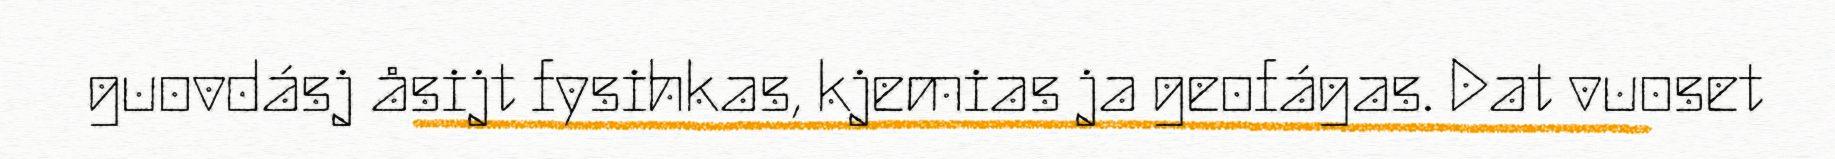
guovdásj åsijt fysihkas, kjemias ja geofágas. Dat vuoset